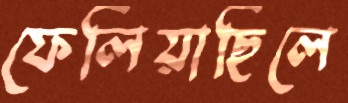
ফেলিয়াছিলে